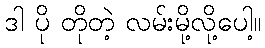
ဒါ ပို တိုတဲ့ လမ်းမို့လို့ပေါ့။